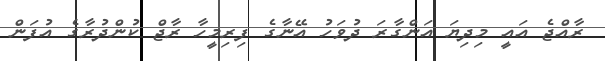
ރާއްޖެ އައީ މިދިޔަ އަންގާރަ ދުވަހު އޭނާގެ ފިރިމީހާ ރާޖް ކުންދުރާގެ އުފަން